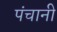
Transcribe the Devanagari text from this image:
पंचानी